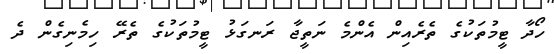
ހޯދާ ޓީމުތަކުގެ ތެރެއިން އެންމެ ނަތީޖާ ރަނގަޅު ޓީމުތަކުގެ ތެރޭ ހިމެނިގެން ދެ